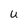
Character: U